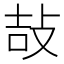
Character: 𢼣